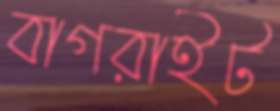
বাগরাইট